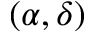
( \alpha , \delta )